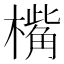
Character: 𣚀